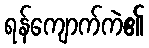
ရန်ကျောက်ကဲ၏